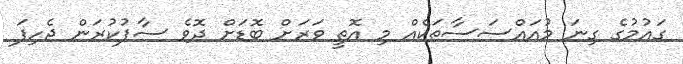
ގައުމުގެ ގިނަ މުއައްސަސާތަކެއް މި އޮތީ ވަރަށް ބޮޑަށް ދޮވެ ސާފުކުރަން ޖެހިފަ